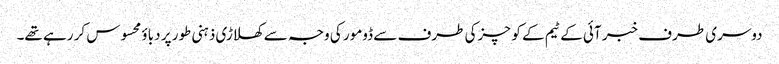
دوسری طرف خبر آئی کے ٹیم کے کوچزکی طرف سے ڈومور کی وجہ سے کھلاڑی ذہنی طور پر دباؤ محسوس کر رہے تھے۔